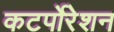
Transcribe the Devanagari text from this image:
कटर्पोरेशन